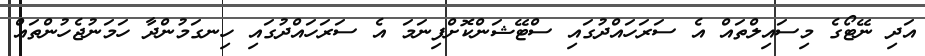
އަދި ނޭޓޯގެ މިސައިލްތައް އެ ސަރަހައްދުގައި ސްޓޭޝަންކޮށްފިނަމަ އެ ސަރަހައްދުގައި ހިނގަމުންދާ ހަމަނުޖެހުންތައް